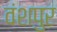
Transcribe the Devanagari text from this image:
वंशपुर